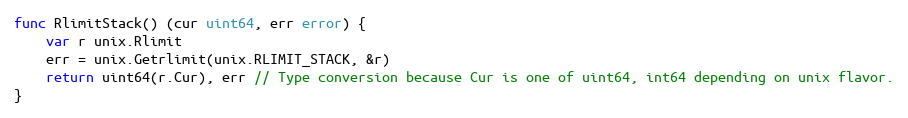
Language: Go
func RlimitStack() (cur uint64, err error) {
	var r unix.Rlimit
	err = unix.Getrlimit(unix.RLIMIT_STACK, &r)
	return uint64(r.Cur), err // Type conversion because Cur is one of uint64, int64 depending on unix flavor.
}